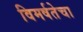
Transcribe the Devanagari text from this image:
विमर्षतेचा